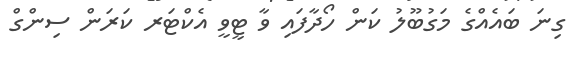
ގިނަ ބައެއްގެ މަގުބޫލު ކަން ހޯދާފައި ވާ ޓީވީ އެކްޓަރ ކަރަން ސިންގް